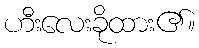
ဟီးလေးခိုထား၏။